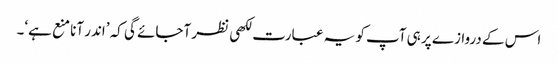
اس کے دروازے پر ہی آپ کو یہ عبارت لکھی نظر آجائے گی کہ ’اندر آنا منع ہے‘۔